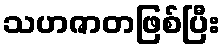
သဟဇာတဖြစ်ပြီး